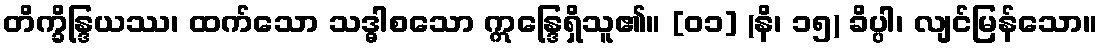
တိက္ခိန္ဒြယဿ၊ ထက်သော သဒ္ဓါစသော ဣန္ဒြေရှိသူ၏။ [၀၁] (နိ၊ ၁၅) ခိပ္ပါ၊ လျင်မြန်သော။